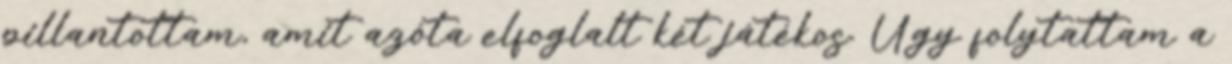
pillantottam, amit azóta elfoglalt két játékos. Úgy folytattam a